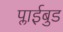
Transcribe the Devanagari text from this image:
प्लाईबुड